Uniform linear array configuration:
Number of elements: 64
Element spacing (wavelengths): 0.25
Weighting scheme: kaiser
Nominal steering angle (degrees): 60
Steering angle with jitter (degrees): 61.627
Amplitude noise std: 0.05
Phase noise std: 0.05

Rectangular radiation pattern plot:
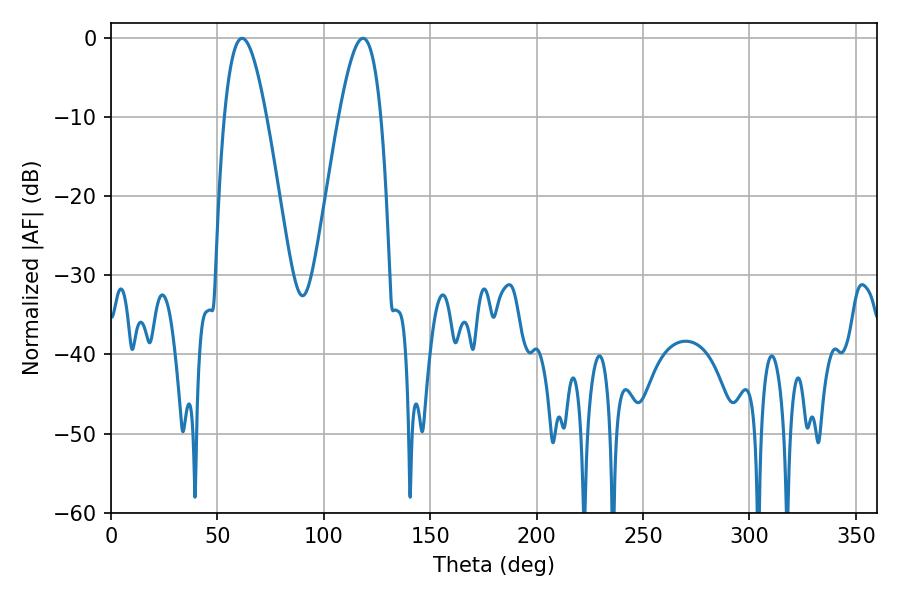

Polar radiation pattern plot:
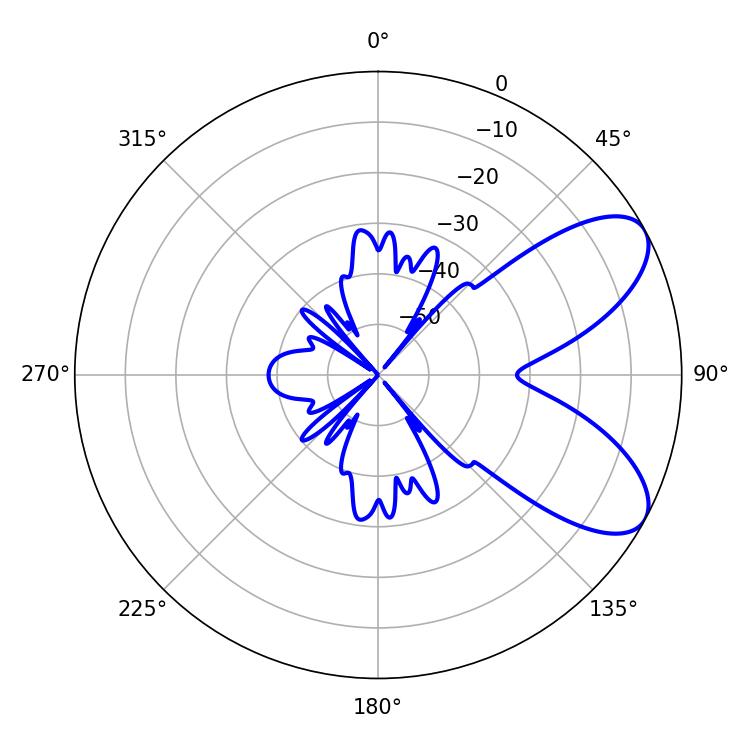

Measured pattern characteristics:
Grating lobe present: FALSE
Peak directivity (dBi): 7.456
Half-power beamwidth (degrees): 10.62
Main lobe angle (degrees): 61.56